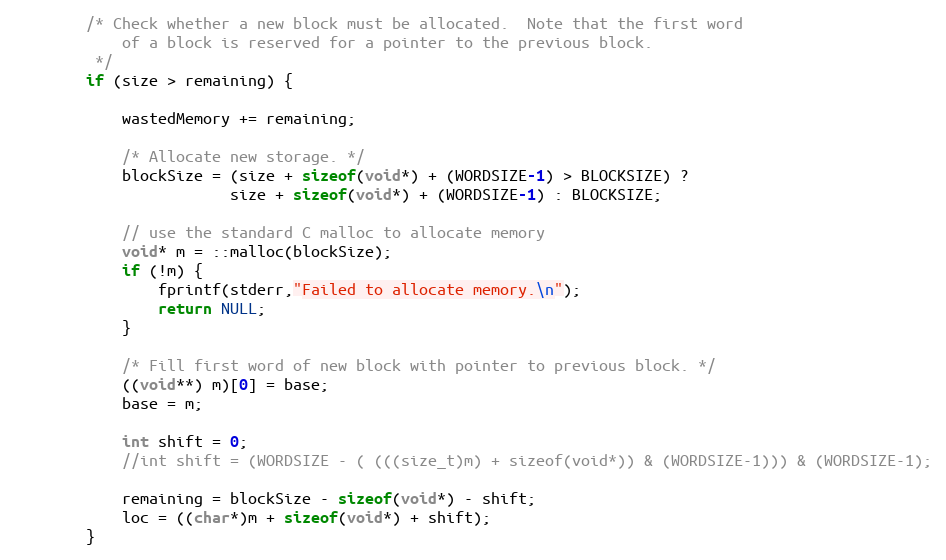
Language: C
        /* Check whether a new block must be allocated.  Note that the first word
            of a block is reserved for a pointer to the previous block.
         */
        if (size > remaining) {

            wastedMemory += remaining;

            /* Allocate new storage. */
            blockSize = (size + sizeof(void*) + (WORDSIZE-1) > BLOCKSIZE) ?
                        size + sizeof(void*) + (WORDSIZE-1) : BLOCKSIZE;

            // use the standard C malloc to allocate memory
            void* m = ::malloc(blockSize);
            if (!m) {
                fprintf(stderr,"Failed to allocate memory.\n");
                return NULL;
            }

            /* Fill first word of new block with pointer to previous block. */
            ((void**) m)[0] = base;
            base = m;

            int shift = 0;
            //int shift = (WORDSIZE - ( (((size_t)m) + sizeof(void*)) & (WORDSIZE-1))) & (WORDSIZE-1);

            remaining = blockSize - sizeof(void*) - shift;
            loc = ((char*)m + sizeof(void*) + shift);
        }